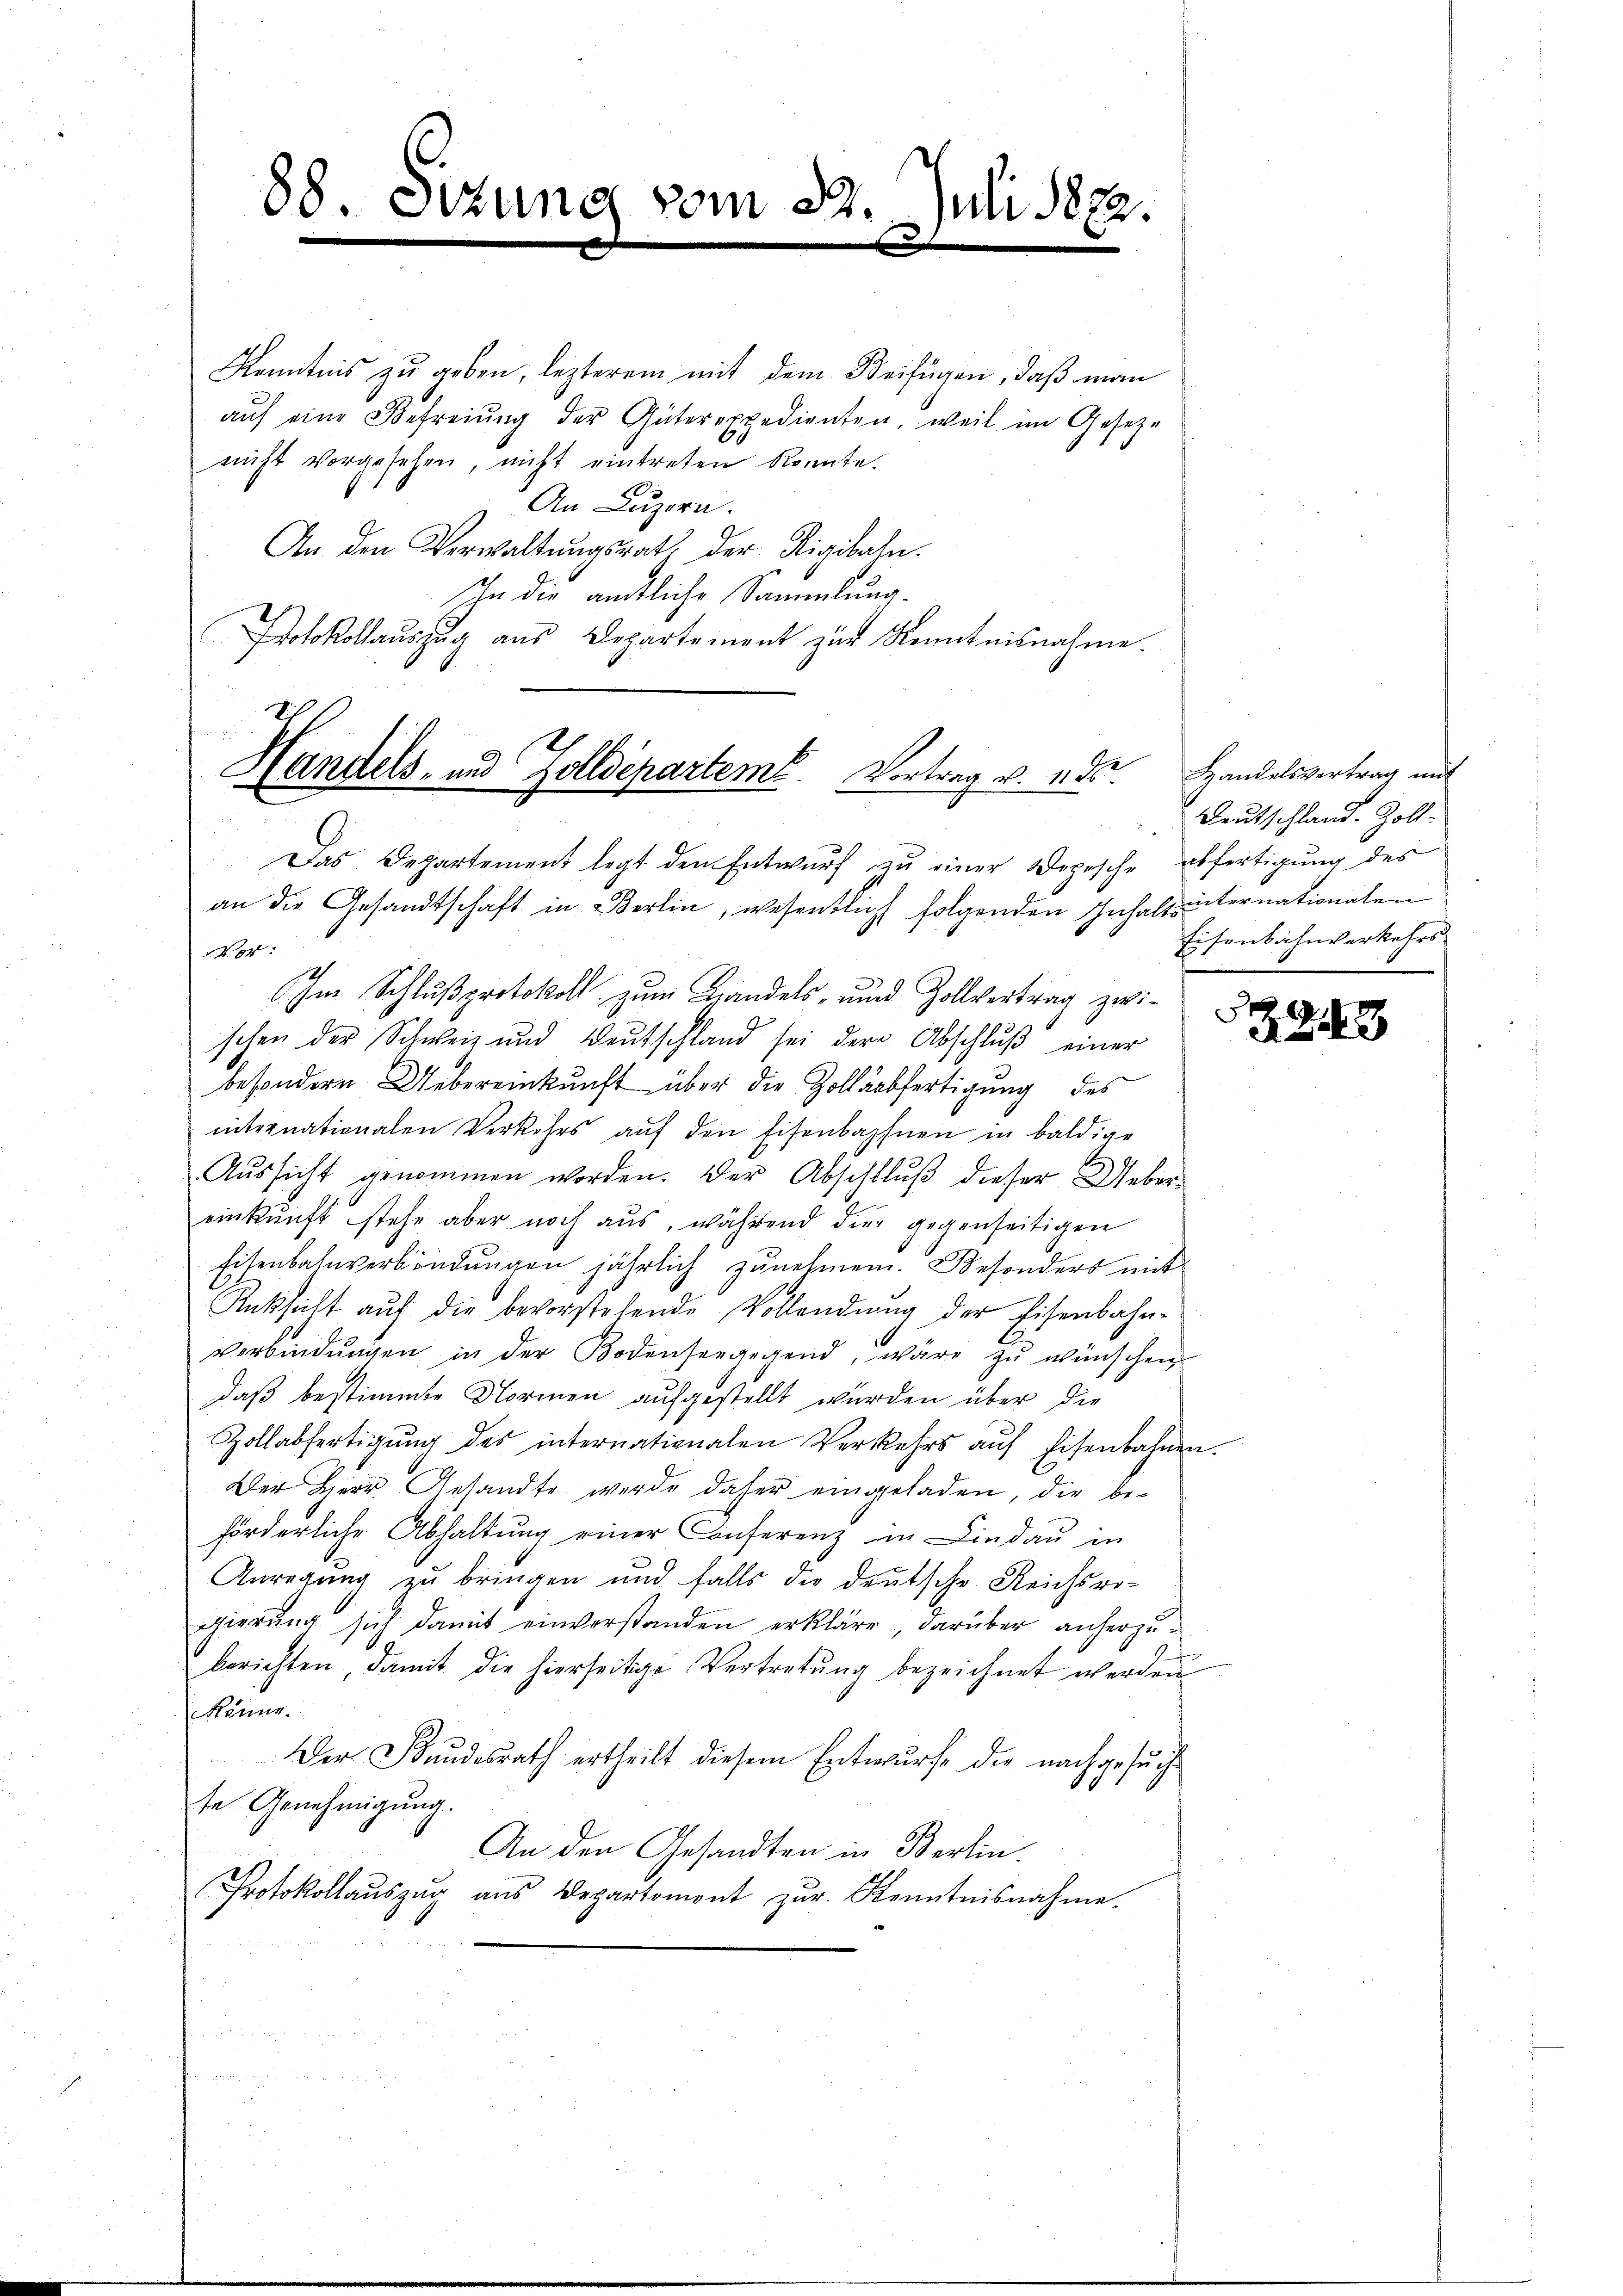
88. Sitzung vom 29. Juli 1882.

Kenntnis zu geben, lezterem mit dem Beifügen, daß man
aŭf eine Befreiung der Güterexpedienten, weil im Gesetze
nicht vorgesehen, nicht eintreten konnte.
6
An Luzern.
An den Verwaltungsrat der Rigibahn.
Ihn die amtliche Sammlung.
Protokollauszug aus Departement zur Kenntnisnahme.
i

Handels- und Zolldepartemb. Vortrag v. ede
Das Departement legt den Entwurf zu einer Depesche abfertigung des

an die Gesandtschaft in Berlin, wesentlich folgenden Inhaltunternationalen
 No. 94. 2
Im Schlußprotokoll zum Handels- und Zollvertrag zwischen der Schweiz und Weŭtschland sei der Abschlŭβ einer
besondern Uebereinkunft über die Zollabfertigung des
internationalen Verkehrs aŭf den Eisenbahnen in baldige
Aussicht genommen worden. Der Abschluß dieser Uebereinkunft stehe aber noch aus, während die gegenseitigen
Eisenbahnverbindungen jährlich zunehmen. Besonders mit
Rüksicht auf die bevorstehende Vollendung der Eisenbahnverbindŭngen in der Bodenseegegend, wäre zŭ wünschen
daß bestimmte Normen aufgestellt wurden über die
Zollabfertigŭng des internationalen Verkehrs aŭf Eisenbahnen.
Der Herr Gesandte werde daher eingeladen, die beförderliche Abhaltung einer Conferenz in Lindau in
Anregung zu bringen und falls die deutsche Reichsregierung sich damit einverstanden erkläre, darüber anherzu¬
1
berichten, damit die hierseitige Vertretŭng bezeichnet werden
Könne.
Der Bundesrath ertheilt diesem Entwurfe die nachgesŭche
te Genehmigung.
An den Gesandten in Berlin.
Protokollaŭszŭg ans Departement zŭr Kenntnisnahme.
un

Handelsvertrag mit
Deutschland. Zoll-
Eisenbahnverkehrs

943